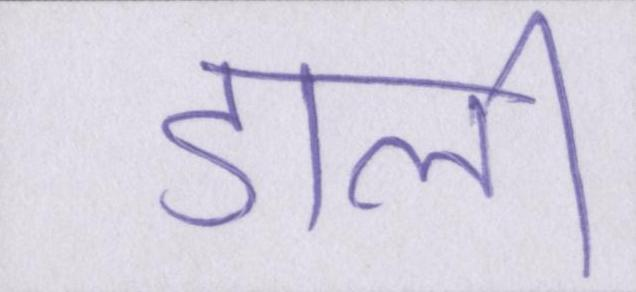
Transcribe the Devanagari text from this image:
डाली